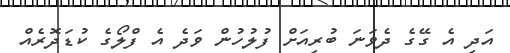
އަދި އެ ގޭގެ ދެވަނަ ބުރިއަށް ފުލުހުން ވަދެ އެ ފްލޯގެ ކުޑަދޮރެއް